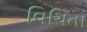
વિચિતા